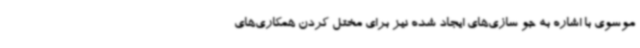
موسوی با اشاره به جو سازی‌های ایجاد شده نیز برای مختل کردن همکاری‌های